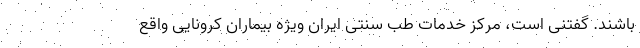
باشند. گفتنی است، مرکز خدمات طب سنتی ایران ویژه بیماران کرونایی واقع